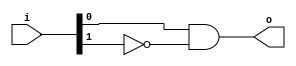
module check(
  input [4:0] i,
  output o
  );
  
  assign o = i[0] & (~i[1]);
  
endmodule